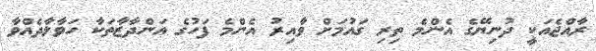
ރާއްޖެއަކީ ދުނިޔޭގެ އެންމެ ތިރި ގައުމަށް ވާާއިރު އެންމެ ފަހުގެ އަންދާޒާތަކާ ހަވާލާދެއްވާ